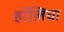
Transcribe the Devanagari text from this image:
हॉलिचा